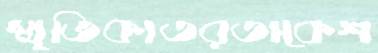
স্মৃতিকাতরতাকেশ